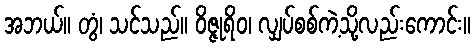
အဘယ်။ တွံ၊ သင်သည်။ ဝိဇ္ဇုရိဝ၊ လျှပ်စစ်ကဲ့သို့လည်းကောင်း။